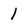
Character: l